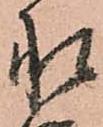
承